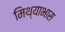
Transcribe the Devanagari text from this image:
मिथ्याभास